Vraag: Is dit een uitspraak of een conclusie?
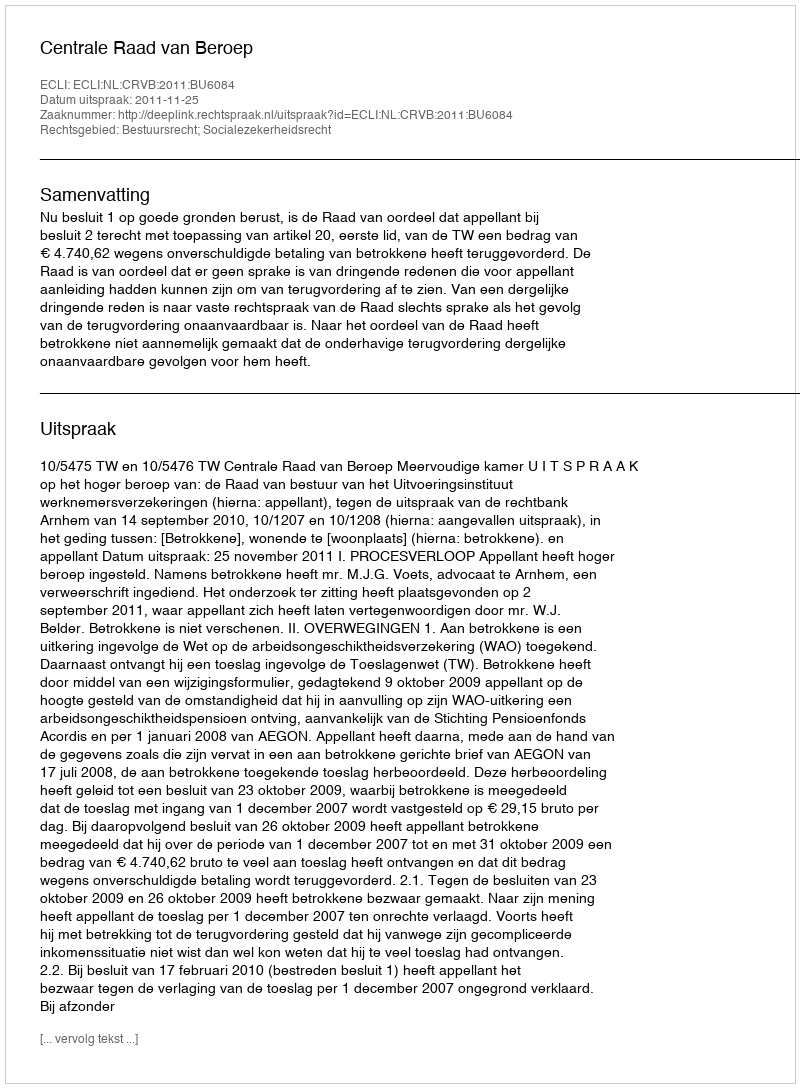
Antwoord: Uitspraak